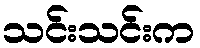
သင်းသင်းက